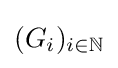
(G_{i})_{i\in \mathbb {N} }